King Institute of Preventive Medicine Micro-Biological Section reports 1912-19
Year: 1912
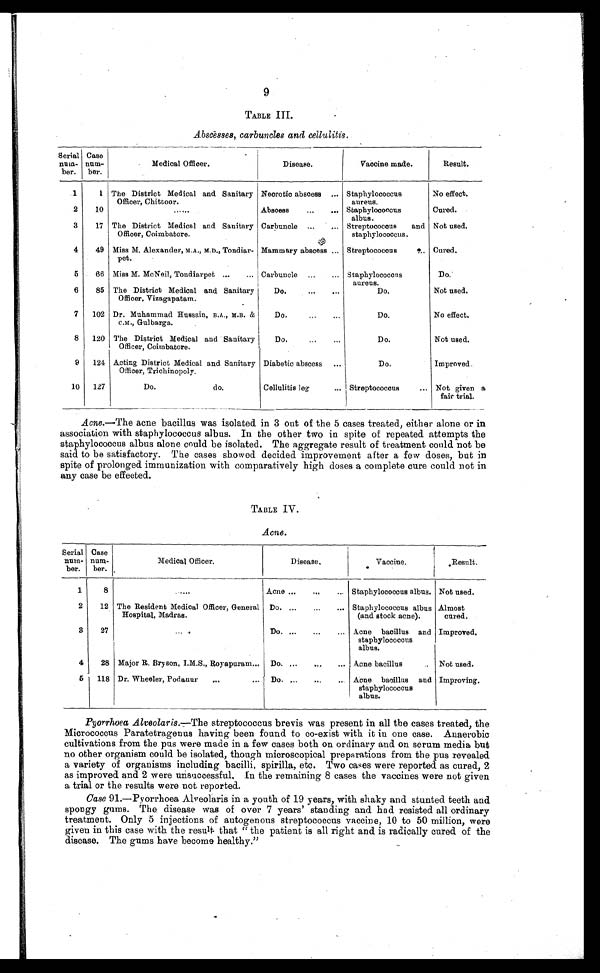
9
TABLE III.
Abscesses, carbuncles and cellulitis.
Serial
num
-ber.
Case
num-
ber.
Medical Officer.
Disease.
Vaccine made.
Result.
1
1 The District Medical and Sanitary
Officer, Chittoor. . . .
Necrotic abscess . . . Staphylococcus
aureus.
No effect.
2
10
. . .
Abscess . . .
Staphylococcus
albus.
Cured.
3
17 The District Medical and Sanitary
Officer, Coimbatore.
Carbuncle . . .
Streptococcus and
staphylococcus.
Not used.
4
49 Miss M. Alexander, M.A., M.D., Tondiar
-pet.
Mammary abscess . . .
Streptococcus . . .
Cured.
5
66 Miss M. McNeil, Tondiarpet . . .
Carbuncle . . .
Staphylococcus
aureus.
Do.
6
85 The District Medical and Sanitary
Officer, Vizagapatam.
Do. . . .
Do.
Not used.
7
102 Dr. Muhammad Hussain, B.A., M.B.
C.M., Gulbarga.
Do. . . .
Do.
No effect.
8
120 The District Medical and Sanitary
Officer, Coimbatore.
Do. . . .
Do.
Not used.
9
124 Acting District Medical and Sanitary
Officer, Trichinopoly.
Diabetic abscess . . .
Do.
Improved.
10
127
Do. do.
Cellulitis leg . . .
Streptococcus . . .
Not given a
fair trial.
Acne .—The acne bacillus was isolated in 3 out of the 5 cases treated, either alone or in
association with staphylococcus albus. In the other two in spite of repeated attempts the
staphylococcus albus alone could be isolated. The aggregate result of treatment could not be
said to be satisfactory. The cases showed decided improvement after a few doses, but in
spite of prolonged immunization with comparatively high doses a complete cure could not in
any case be effected.
TABLE IV.
Acne.
Serial
num-
ber.
Case
num-
ber.
Medical Officer.
Disease.
Vaccine.
Result.
1
8
. . .
Acne . . .
Staphylococcus albus. Not used.
2
12 The Resident Medical Officer, General
Hospital, Madras.
Do. . . .
Staphylococcus albus
(and stock acne).
Almost
cured.
3
27 . . .
Do. . . .
Acne bacillus and
staphylococcus
albus.
Improved.
4
28 Major R. Bryson, I.M.S., Royapuram . . . Do. . . .
Acne bacillus . . . Not used.
5
118 Dr. Wheeler, Podanur . . . Do. . . .
Acne bacillus and
staphylococcus
albus.
Improving.
Pyorrhoea Alveolaris .—The streptococcus brevis was present in all the cases treated, the
Micrococcus Paratetragenus having been found to co-exist with it in one case. Anaerobic
cultivations from the pus were made in a few cases both on ordinary and on serum media but
no other organism could be isolated, though microscopical preparations from the pus revealed
a variety of organisms including bacilli, spirilla, etc. Two cases were reported as cured, 2
as improved and 2 were unsuccessful. In the remaining 8 cases the vaccines were not given
a trial or the results were not reported.
Case 91.—Pyorrhoea Alveolaris in a youth of 19 years, with shaky and stunted teeth and
spongy gums. The disease was of over 7 years' standing and had resisted all ordinary
treatment. Only 5 injections of autogenous streptococcus vaccine, 10 to 50 million, were
given in this case with the result that "the patient is all right and is radically cured of the
disease. The gums have become healthy."